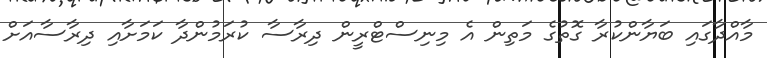
މާއްދާގައި ބަޔާންކުރާ ގޮތުގެ މަތިން އެ މިނިސްޓްރީން ދިރާސާ ކުރަމުންދާ ކަމަށާއި ދިރާސާއަށް